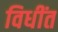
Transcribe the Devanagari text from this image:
विधींत